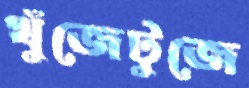
খুঁজেটুজে